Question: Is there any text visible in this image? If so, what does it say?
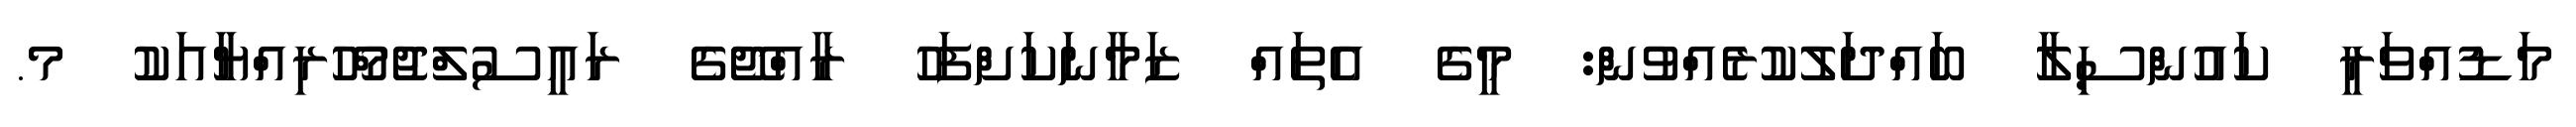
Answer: މަޑުއްވަރީ ކައުންސިލާ ބައްދަލުކުރެއްވުން: މީގެ އެތައް ޒަމާނަކަށްފަހު ރާއްޖޭގެ ރައީސުލްޖުމްހޫރިއްޔާއަކު މ.